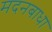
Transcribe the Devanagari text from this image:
मदनबाधा